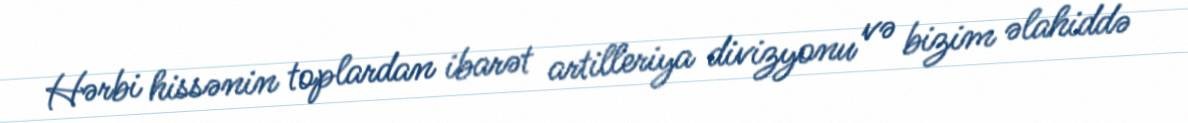
Hərbi hissənin toplardan ibarət artilleriya divizyonu və bizim əlahiddə